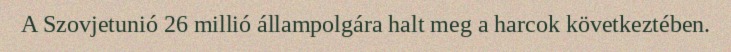
A Szovjetunió 26 millió állampolgára halt meg a harcok következtében.